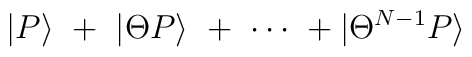
|P\rangle\ +\ |\Theta P\rangle\ +\ \cdots \ +|\Theta ^{N-1}P\rangle